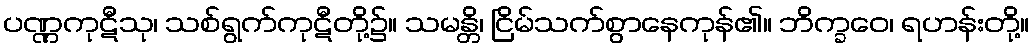
ပဏ္ဏကုဋီသု၊ သစ်ရွက်ကုဋီတို့၌။ သမန္တိ၊ ငြိမ်သက်စွာနေကုန်၏။ ဘိက္ခဝေ၊ ရဟန်းတို့။